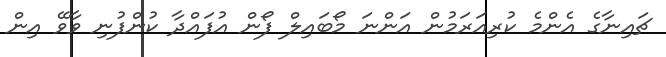
ޗައިނާގެ އެންމެ ކުރިއަރަމުން އަންނަ މޯބައިލް ފޯން އުފައްދާ ކުންފުނި ވާވޭ އިން